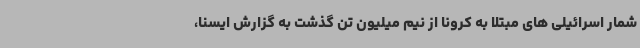
شمار اسرائیلی های مبتلا به کرونا از نیم میلیون تن گذشت به گزارش ایسنا،